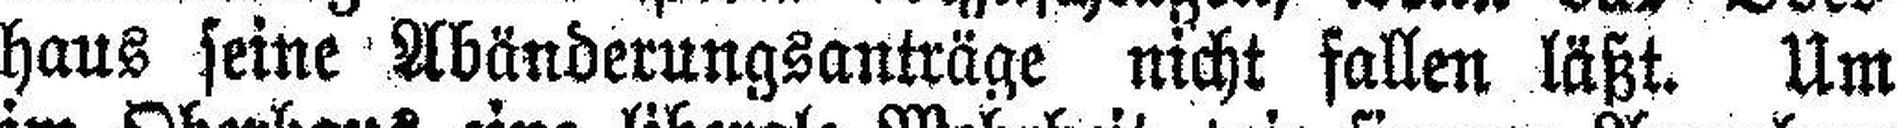
haus seine Abänderungsanträge nicht fallen läßt. Um